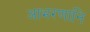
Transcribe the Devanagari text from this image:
आभरणानि